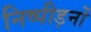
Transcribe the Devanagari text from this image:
निष्पीड़नों